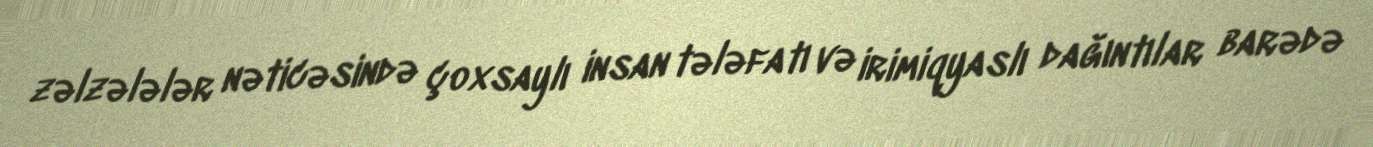
zəlzələlər nəticəsində çoxsaylı insan tələfatı və irimiqyaslı dağıntılar barədə